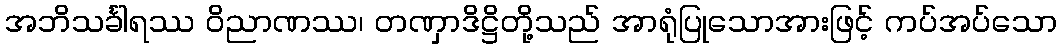
အဘိသင်္ခါရဿ ဝိညာဏဿ၊ တဏှာဒိဋ္ဌိတို့သည် အာရုံပြုသောအားဖြင့် ကပ်အပ်သော